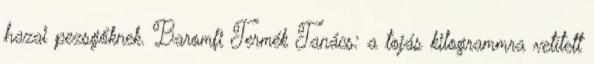
hazai pezsgőknek. Baromfi Termék Tanács: a tojás kilogrammra vetített